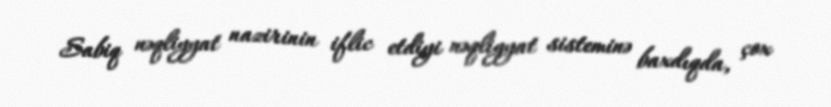
Sabiq nəqliyyat nazirinin iflic etdiyi nəqliyyat sisteminə baxdıqda, çox